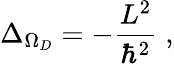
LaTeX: \Delta_{\Omega_{{D}}}=-\frac{L^{2}}{\hbar^{2}}\; ,